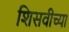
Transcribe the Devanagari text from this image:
शिसवीच्या